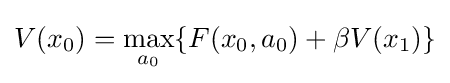
V(x_{0})=\max _{a_{0}}\{F(x_{0},a_{0})+\beta V(x_{1})\}